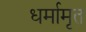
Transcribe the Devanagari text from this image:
धर्मामृत